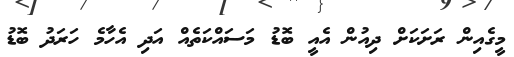
މީގެއިން ރަށަކަށް ދިއުން އެއީ ބޮޑު މަސައްކަތެއް އަދި އެހާމެ ހަރަދު ބޮޑު